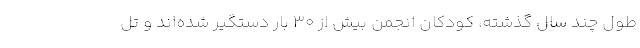
طول چند سال گذشته، کودکان انجمن بیش از ۳۰ بار دستگیر شده‌اند و تل